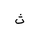
Letter: _tha